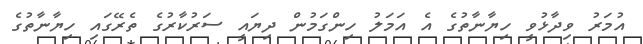
އުމަރު ވިދާޅުވީ ހިޔާނާތުގެ އެ އަމަލު ހިންގަމުން ދިޔައީ ސަރުކާރުގެ ތެރޭގައި ހިޔާނާތުގެ